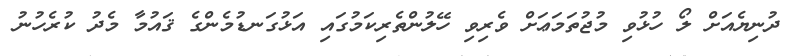
ދުނިޔެއަށް ލޯ ހުޅުވި މުޖުތަމަޢަށް ވެރިވި ހޭލުންތެރިކަމުގައި އަޅުގަނޑުމެންގެ ޤައުމާ މެދު ކުރެހުނު